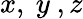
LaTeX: x,\ y\ ,z